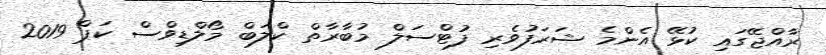
ރާއްޖޭގައި ކުޅޭ އެންމެ ޝަރަފުވެރި ފުޓްސަލް މުބާރާތް ކްލަބް މޯލްޑިވްސް ކަޕް 2019